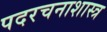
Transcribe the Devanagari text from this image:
पदरचनाशास्त्र